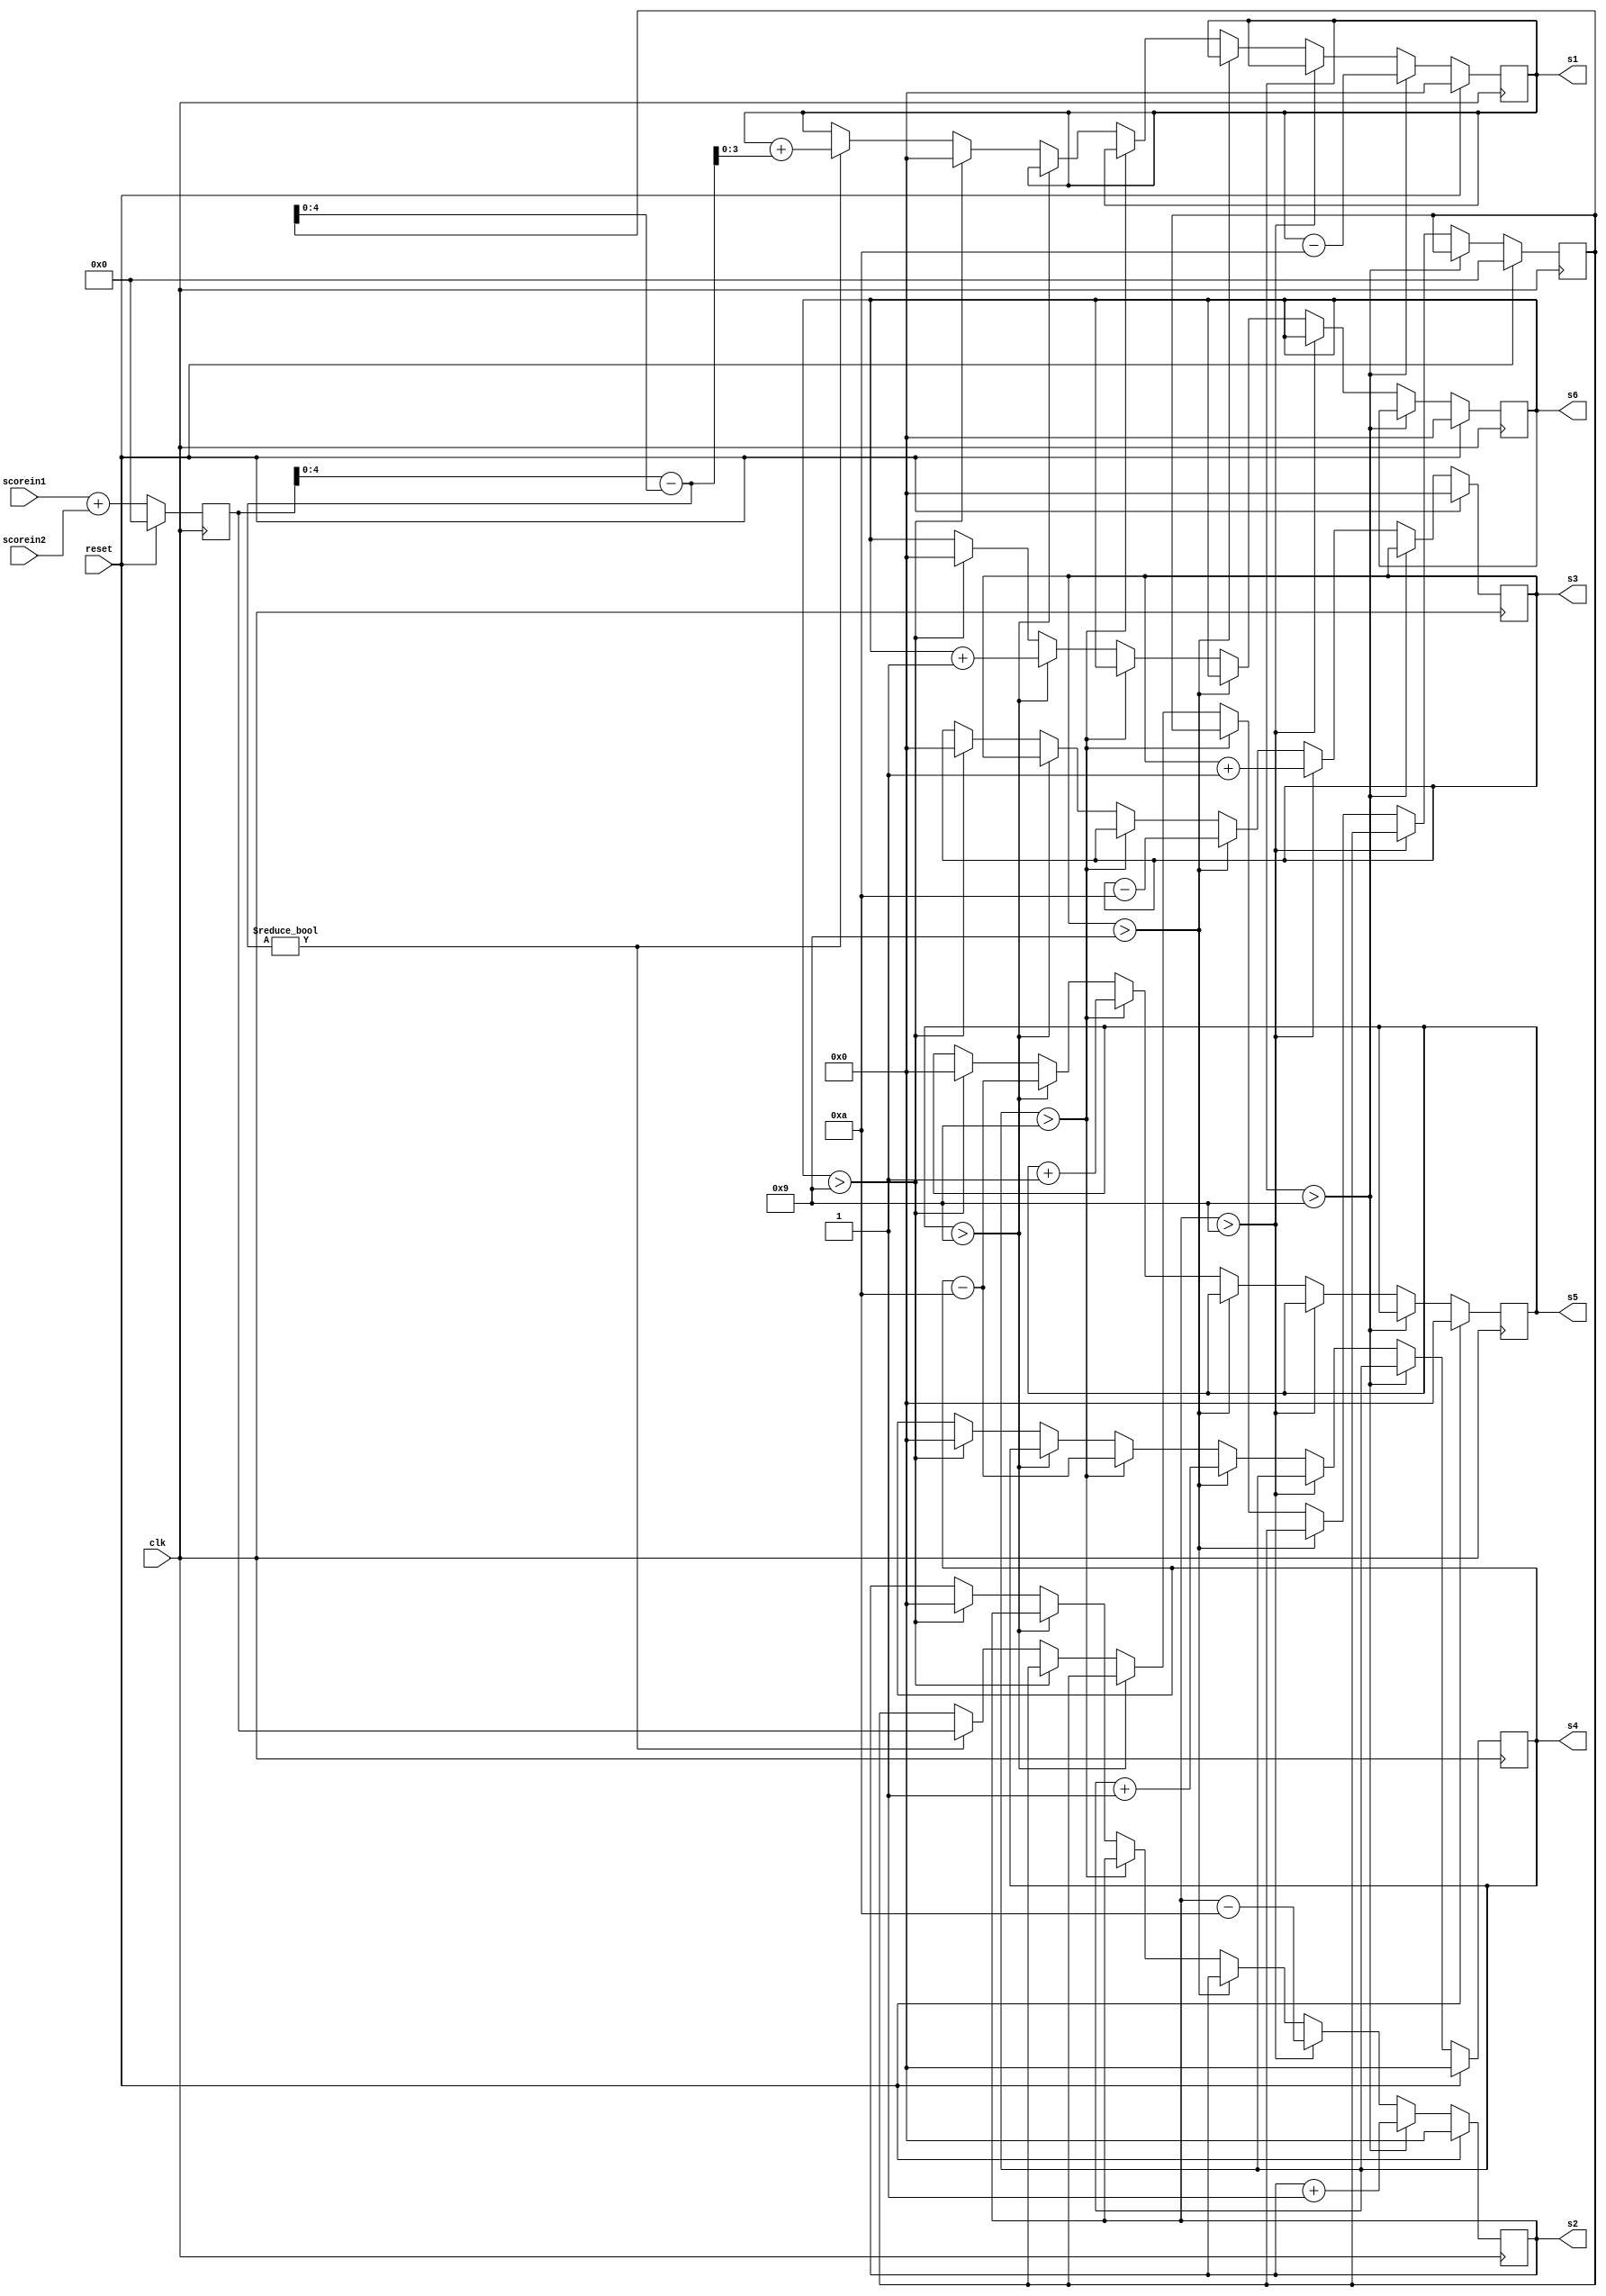
`timescale 1ns / 1ps
//////////////////////////////////////////////////////////////////////////////////
// Company: 
// Engineer: 
// 
// Design Name: 
// Module Name:    Score_in 
// Project Name: 
// Target Devices: 
// Tool versions: 
// Description: 
//
// Dependencies: 
//
// Revision: 
// Revision 0.01 - File Created
// Additional Comments: 
//
//////////////////////////////////////////////////////////////////////////////////

/* 
 * File Primary Author: Greg Zoeller
 * See LICENSE for license information
 */

module score_bcd_converter(s1,s2,s3,s4,s5,s6, scorein1, scorein2, clk,reset);
	input [19:0] scorein1, scorein2;
	input clk, reset;
	output [3:0] s1,s2,s3,s4,s5,s6;
	reg [3:0] s2,s3,s4,s5,s6,s1;
	reg [20:0] s_total, s_current;

	wire [4:0] s_difference;
	assign s_difference = s_total - s_current;
	
	always @ (posedge clk)
	begin		
		if(reset == 1)
		begin
			s_current <=0;
			s_total <= 0;
			s1 <= 0;
			s2 <= 0;
			s3 <= 0;
			s4 <= 0;
			s5 <= 0;
			s6 <= 0;
		end
		else begin
			s_total <= scorein1 + scorein2;
			
			if( s1 > 9)
			begin
				s2 <= s2 + 1;
				s1 <= s1 - 10;
			end
			else if ( s2 > 9)
			begin
				s3 <= s3 +1;
				s2 <= s2 - 10;
			end
			else if( s3 >9)
			begin
				s4 <= s4 +1;
				s3 <= s3-10;
			end
			else if( s4 >9)
			begin
				s5 <= s5 +1;
				s4 <= s4-10;
			end
			else if( s5 >9)
			begin
				s6 <= s6 +1;
				s5 <= s4-10;
			end
			else if( s6 >9)
			begin
				s1 <=0;
				s2 <=0;
				s3 <=0;
				s4 <=0;
				s5 <=0;
				s6 <=0;
			end
			else if(s_difference != 5'b0_0000)
			begin
				s1 <= s1 + s_difference[3:0];
				s_current <= s_total;
			end
		end
			
			
		

	end

	
	
	
	


endmodule